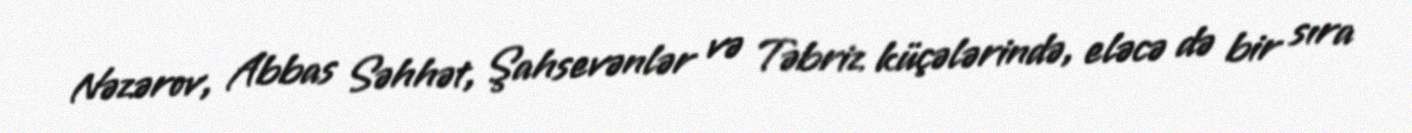
Nəzərov, Abbas Səhhət, Şahsevənlər və Təbriz küçələrində, eləcə də bir sıra